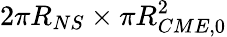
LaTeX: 2\pi R_{NS}\times\pi R_{CME,0}^{2}